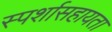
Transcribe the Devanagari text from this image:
स्पर्शासहायता